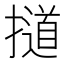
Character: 𰔱